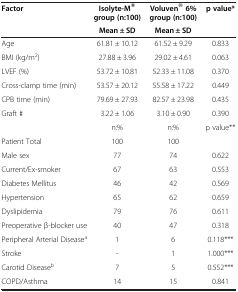
<table><thead><tr><td><b>Factor</b></td><td><b>Isolyte-M® group (n:100)</b></td><td><b>Voluven® 6% group (n:100)</b></td><td><b>p value*</b></td></tr><tr><td><b> </b></td><td><b>Mean ± SD</b></td><td><b>Mean ± SD</b></td><td><b> </b></td></tr></thead><tbody><tr><td>Age</td><td>61.81 ± 10.12</td><td>61.52 ± 9.29</td><td>0.833</td></tr><tr><td>BMI (kg/m<sup>2</sup>)</td><td>27.88 ± 3.96</td><td>29.02 ± 4.61</td><td>0.063</td></tr><tr><td>LVEF (%)</td><td>53.72 ± 10.81</td><td>52.33 ± 11.08</td><td>0.370</td></tr><tr><td>Cross-clamp time (min)</td><td>53.57 ± 20.12</td><td>55.58 ± 17.22</td><td>0.449</td></tr><tr><td>CPB time (min)</td><td>79.69 ± 27.93</td><td>82.57 ± 23.98</td><td>0.435</td></tr><tr><td>Graft #</td><td>3.22 ± 1.06</td><td>3.10 ± 0.90</td><td>0.390</td></tr><tr><td> </td><td>n:%</td><td>n:%</td><td>p value**</td></tr><tr><td>Patient Total</td><td>100</td><td>100</td><td> </td></tr><tr><td>Male sex</td><td>77</td><td>74</td><td>0.622</td></tr><tr><td>Current/Ex-smoker</td><td>67</td><td>63</td><td>0.553</td></tr><tr><td>Diabetes Mellitus</td><td>46</td><td>42</td><td>0.569</td></tr><tr><td>Hypertension</td><td>65</td><td>62</td><td>0.659</td></tr><tr><td>Dyslipidemia</td><td>79</td><td>76</td><td>0.611</td></tr><tr><td>Preoperative β-blocker use</td><td>40</td><td>47</td><td>0.318</td></tr><tr><td>Peripheral Arterial Disease<sup>a</sup></td><td>1</td><td>6</td><td>0.118***</td></tr><tr><td>Stroke</td><td>-</td><td>1</td><td>1.000***</td></tr><tr><td>Carotid Disease<sup>b</sup></td><td>7</td><td>5</td><td>0.552***</td></tr><tr><td>COPD/Asthma</td><td>14</td><td>15</td><td>0.841</td></tr></tbody></table>